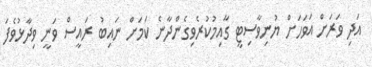
އަދި ވަރަށް އަވަހަށް ޔުނިވާސިޓީ ގާއިމުކުރެވިގެންދާނެ ކަމަށް ނައިބު ރައީސް ވަނީ ވިދާޅުވެފަ